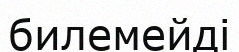
билемейді